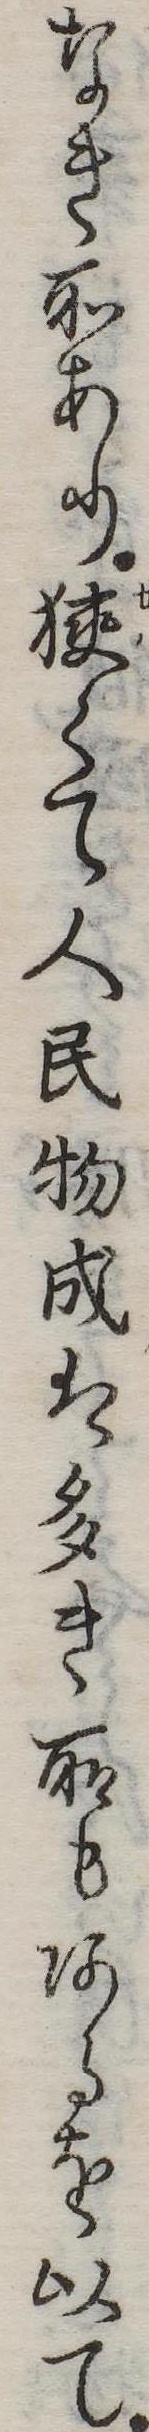
なき所あり狭くて人民物成は多き所もあるを以て